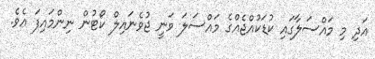
އަދި މި މައްސަލާގައި ކުޑަކުއްޖެއްގެ މައްސަލަ ވަނީ ޖުވެނައިލް ކޯޓުން ނިންމައިފަ އެވެ.